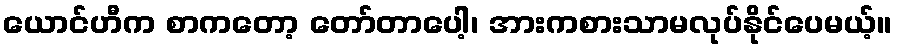
ယောင်ဟီက စာကတော့ တော်တာပေါ့၊ အားကစားသာမလုပ်နိုင်ပေမယ့်။